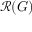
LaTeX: { \mathcal { R } } ( G )